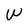
Character: W